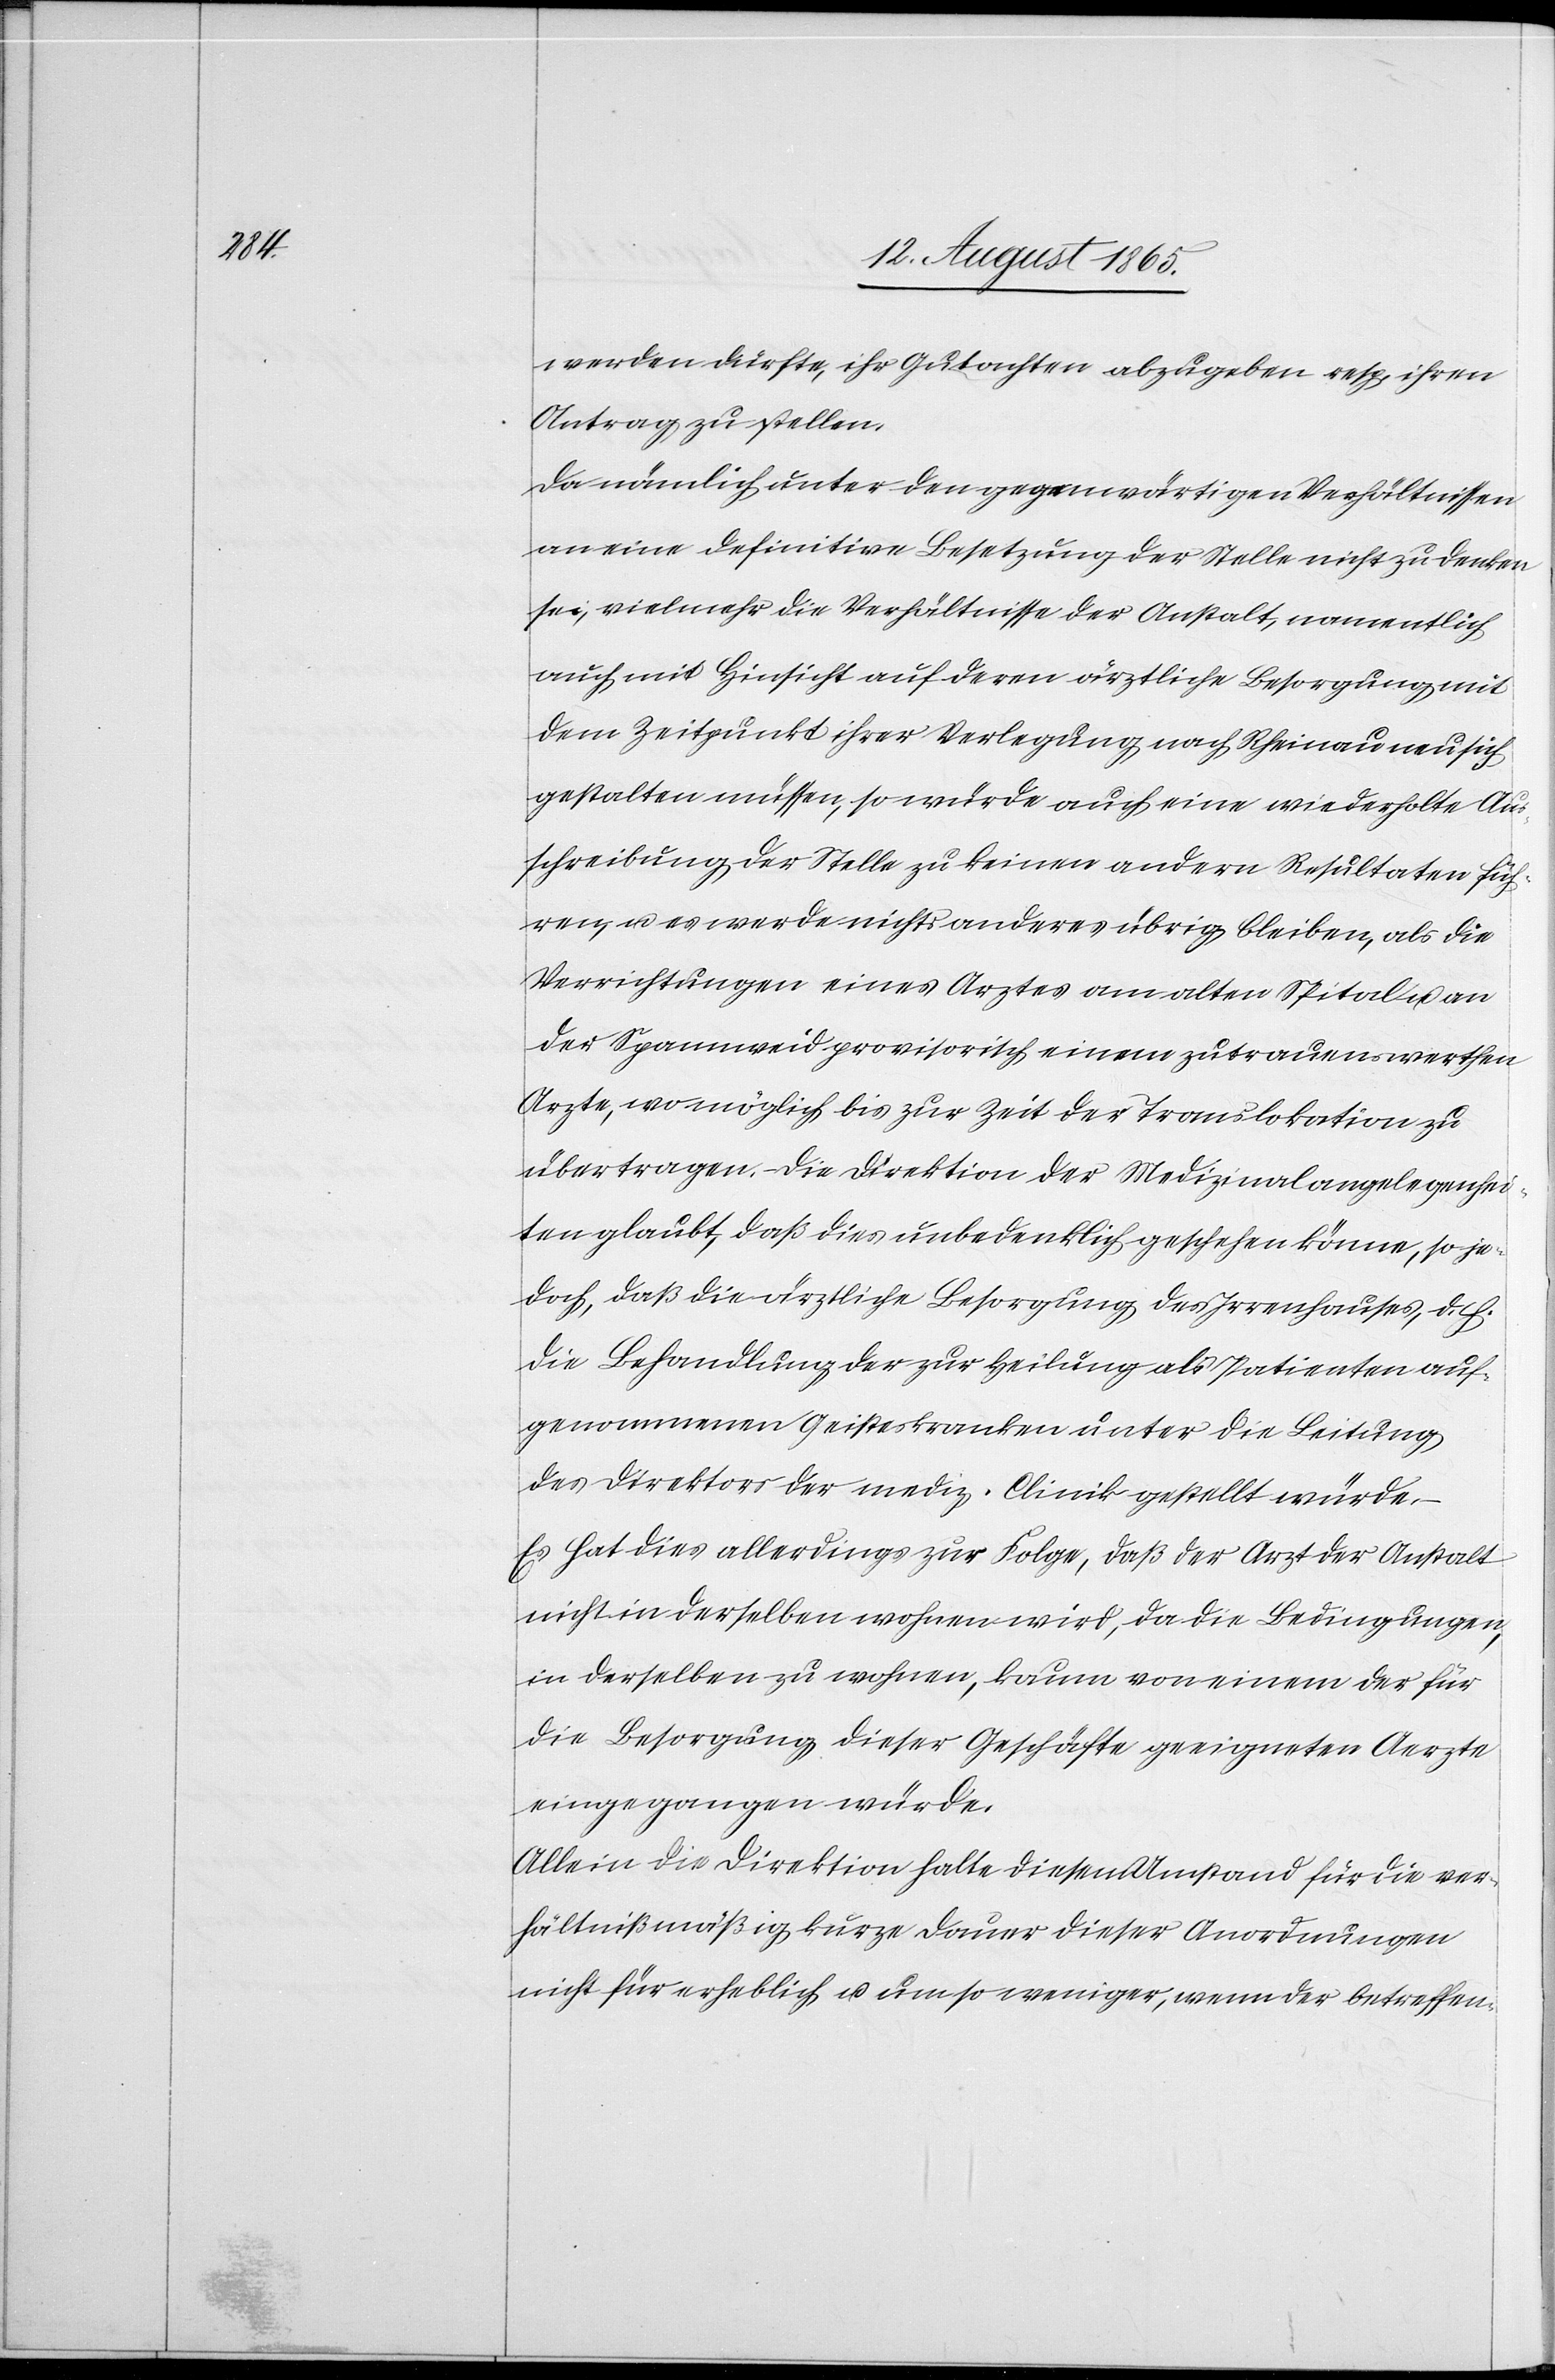
werden dürfte, ihr Gutachten abzugeben resp. ihren
Antrag zu stellen.
Da nämlich unter den gegenwärtigen Verhältnissen
an eine definitive Besetzung der Stelle nicht zu denken
sei, vielmehr die Verhältnisse der Anstalt, namentlich
auch mit Hinsicht auf deren ärztliche Besorgung mit
dem Zeitpunkt ihrer Verlegung nach Rheinau neu sich
gestalten müssen, so würde auch eine wiederholte Aus¬
schreibung der Stelle zu keinen andern Resultaten füh¬
ren, u. es werde nichts anderes übrig bleiben, als die
Verrichtungen eines Arztes am alten Spital u. an
der Spannweid provisorisch einem zutrauenswerthen
Arzte, wo möglich bis zur Zeit der Translokation zu
übertragen. Die Direktion der Medizinalangelegenhei¬
ten glaubt, daß dies unbedenklich geschehen könne, so je¬
doch, daß die ärztliche Besorgung des Irrenhauses, d. h.
die Behandlung der zur Heilung als Patienten auf¬
genommenen Geisteskranken unter die Leitung
des Direktors der mediz. Clinik gestellt würde.
Es hat dies allerdings zur Folge, daß der Arzt der Anstalt
nicht in derselben wohnen wird, da die Bedingungen,
in derselben zu wohnen, kaum von einem der für
die Besorgung dieser Geschäfte geeigneten Aerzte
eingegangen würde.
Allein die Direktion halte diesen Umstand für die ver¬
hältnißmäßig kurze Dauer dieser Anordnungen
nicht für erheblich u. um so weniger, wenn der betreffen-